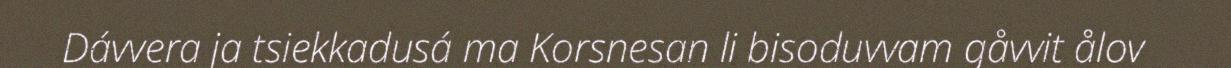
Dávvera ja tsiekkadusá ma Korsnesan li bisoduvvam gåvvit ålov